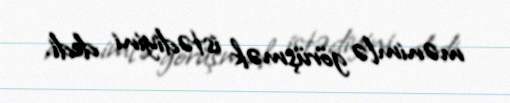
mənimlə görüşmək istədiyini dedi.